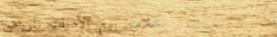
محلات بيع الأدوات الرياضي